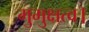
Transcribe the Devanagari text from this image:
मुमुक्षत्व।